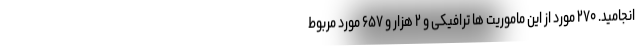
انجامید. ۲۷۰ مورد از این ماموریت ها ترافیکی و ۲ هزار و ۶۵۷ مورد مربوط